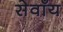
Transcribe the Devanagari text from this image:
सेवाँय